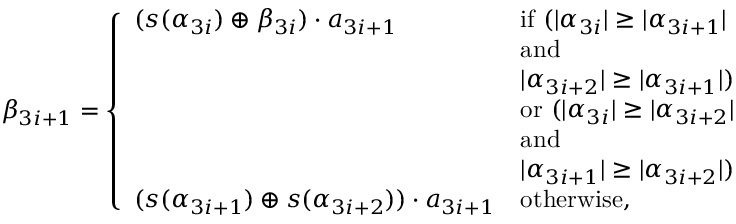
\begin{array} { r } { \beta _ { 3 i + 1 } = \left\{ \begin{array} { l l } { ( s ( \alpha _ { 3 i } ) \oplus \beta _ { 3 i } ) \cdot a _ { 3 i + 1 } } & { \mathrm { i f ~ } ( | \alpha _ { 3 i } | \geq | \alpha _ { 3 i + 1 } | } \\ & { \mathrm { a n d ~ } } \\ & { | \alpha _ { 3 i + 2 } | \geq | \alpha _ { 3 i + 1 } | ) } \\ & { \mathrm { o r ~ } ( | \alpha _ { 3 i } | \geq | \alpha _ { 3 i + 2 } | } \\ & { \mathrm { a n d ~ } } \\ & { | \alpha _ { 3 i + 1 } | \geq | \alpha _ { 3 i + 2 } | ) } \\ { ( s ( \alpha _ { 3 i + 1 } ) \oplus s ( \alpha _ { 3 i + 2 } ) ) \cdot a _ { 3 i + 1 } } & { \mathrm { o t h e r w i s e , } } \end{array} \right. } \end{array}